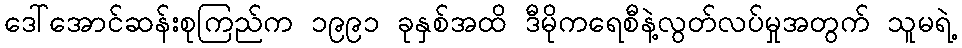
ဒေါ်အောင်ဆန်းစုကြည်က ၁၉၉၁ ခုနှစ်အထိ ဒီမိုကရေစီနဲ့လွတ်လပ်မှုအတွက် သူမရဲ့